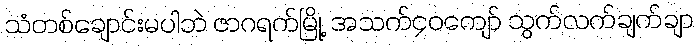
သံတစ်ချောင်းမပါဘဲ ဇာဂရက်မြို့ အသက်၄၀ကျော် သွက်လက်ချက်ချာ